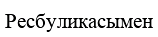
Ресбуликасымен